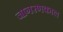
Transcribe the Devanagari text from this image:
जागरणकाल